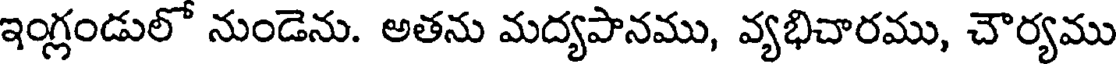
ఇంగ్లండులో నుండెను. అతను మద్యపానము, వ్యభిచారము, చౌర్యము